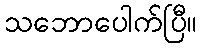
သဘောပေါက်ပြီ။